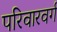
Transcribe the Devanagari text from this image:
परिवारवर्ग